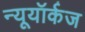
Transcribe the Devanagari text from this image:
न्यूयॉर्कज